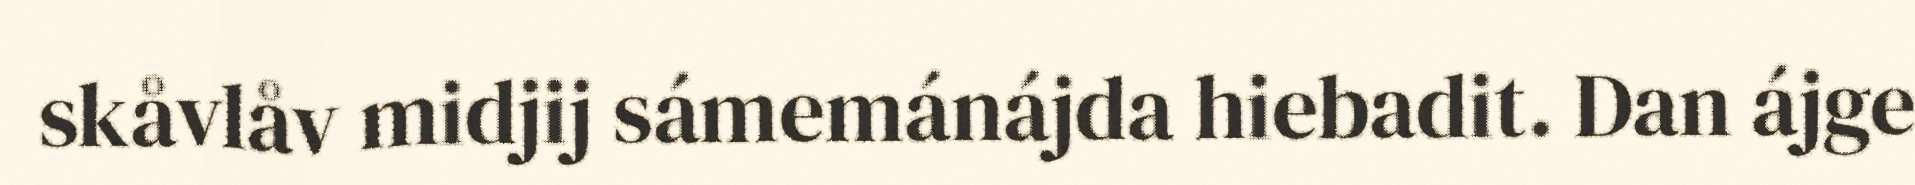
skåvlåv midjij sámemánájda hiebadit. Dan ájge